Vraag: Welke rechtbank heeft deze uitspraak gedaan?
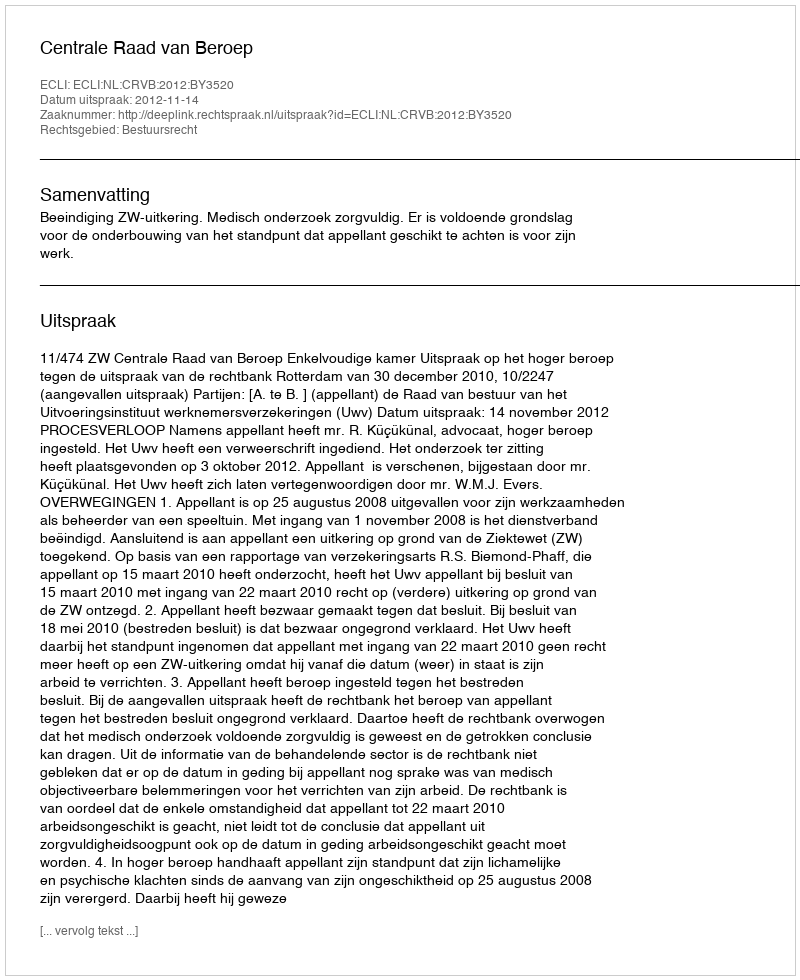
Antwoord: Centrale Raad van Beroep